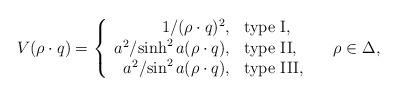
LaTeX: \begin{align*}V(\rho\cdot q)= \left\{\begin{array}{rll} {1/{(\rho\cdot q)^2}},& \mbox{type I},&\\ {a^2/{\sinh^2 a(\rho\cdot q)}}, &\mbox{type II},&\quad \rho\in\Delta,\\ {a^2/{\sin^2 a(\rho\cdot q)}},&\mbox{type III},& \end{array} \right. \end{align*}